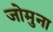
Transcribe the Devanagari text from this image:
जोमुना